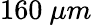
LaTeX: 160~\mu m